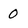
Character: O